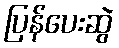
ပြန်ပေးဆွဲ